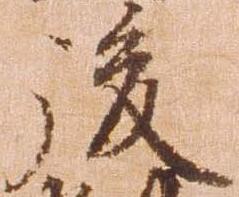
後